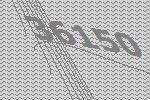
36150